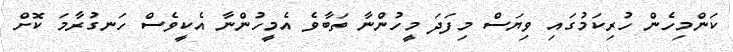
ކަންމިހެން ހުރިކަމުގައި ވިޔަސް މިފަދަ މީހުންނާ ތަބާވެ އެމީހުންނާ އެކީވެސް ހަނގުރާމަ ކޮށް